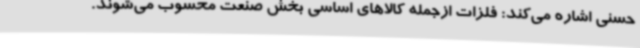
حسنی اشاره می‌کند: فلزات ازجمله کالاهای اساسی بخش صنعت محسوب می‌شوند.